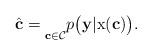
LaTeX: \begin{align*} \hat{\mathbf{c}} = \underset{\mathbf{c}\in\mathcal{C}}{} p\big(\mathbf{y}|\textup{x}(\mathbf{c})\big).\end{align*}